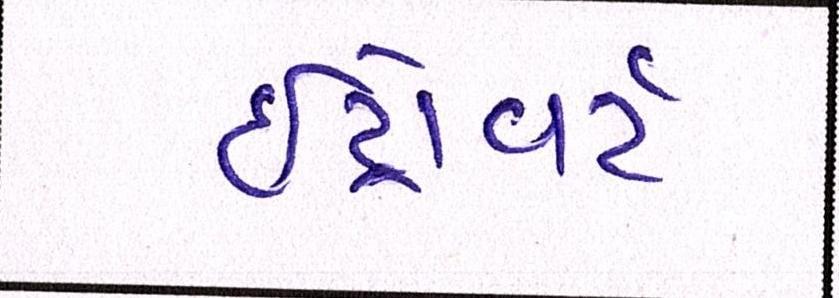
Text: ઇંટ્રોવર્ટ